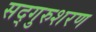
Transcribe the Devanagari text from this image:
सद्गुरुशरण